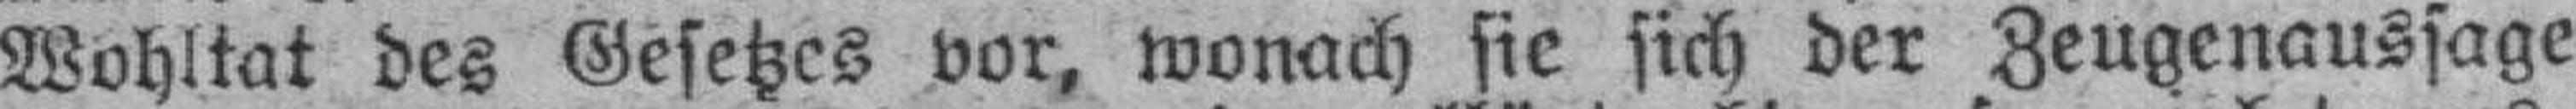
Wohltat des Gesetzes vor, wonach sie sich der Zeugenaussage